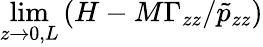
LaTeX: \operatorname*{lim}_{z\rightarrow 0,L}\left(H-M\Gamma_{zz}/\tilde{p}_{zz}\right)